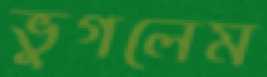
ভুগলেম